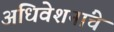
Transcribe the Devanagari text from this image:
अधिवेशनांचे